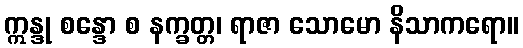
ဣန္ဒု စန္ဒော စ နက္ခတ္တ၊ ရာဇာ သောမော နိသာကရော။